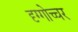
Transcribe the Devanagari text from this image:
दृग्गोच्चर